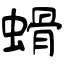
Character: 螖